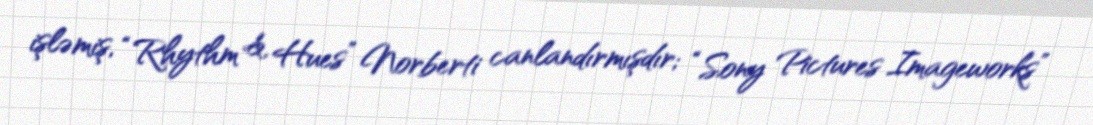
işləmiş, “Rhythm & Hues” Norberti canlandırmışdır; “Sony Pictures Imageworks”